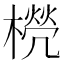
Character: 橩